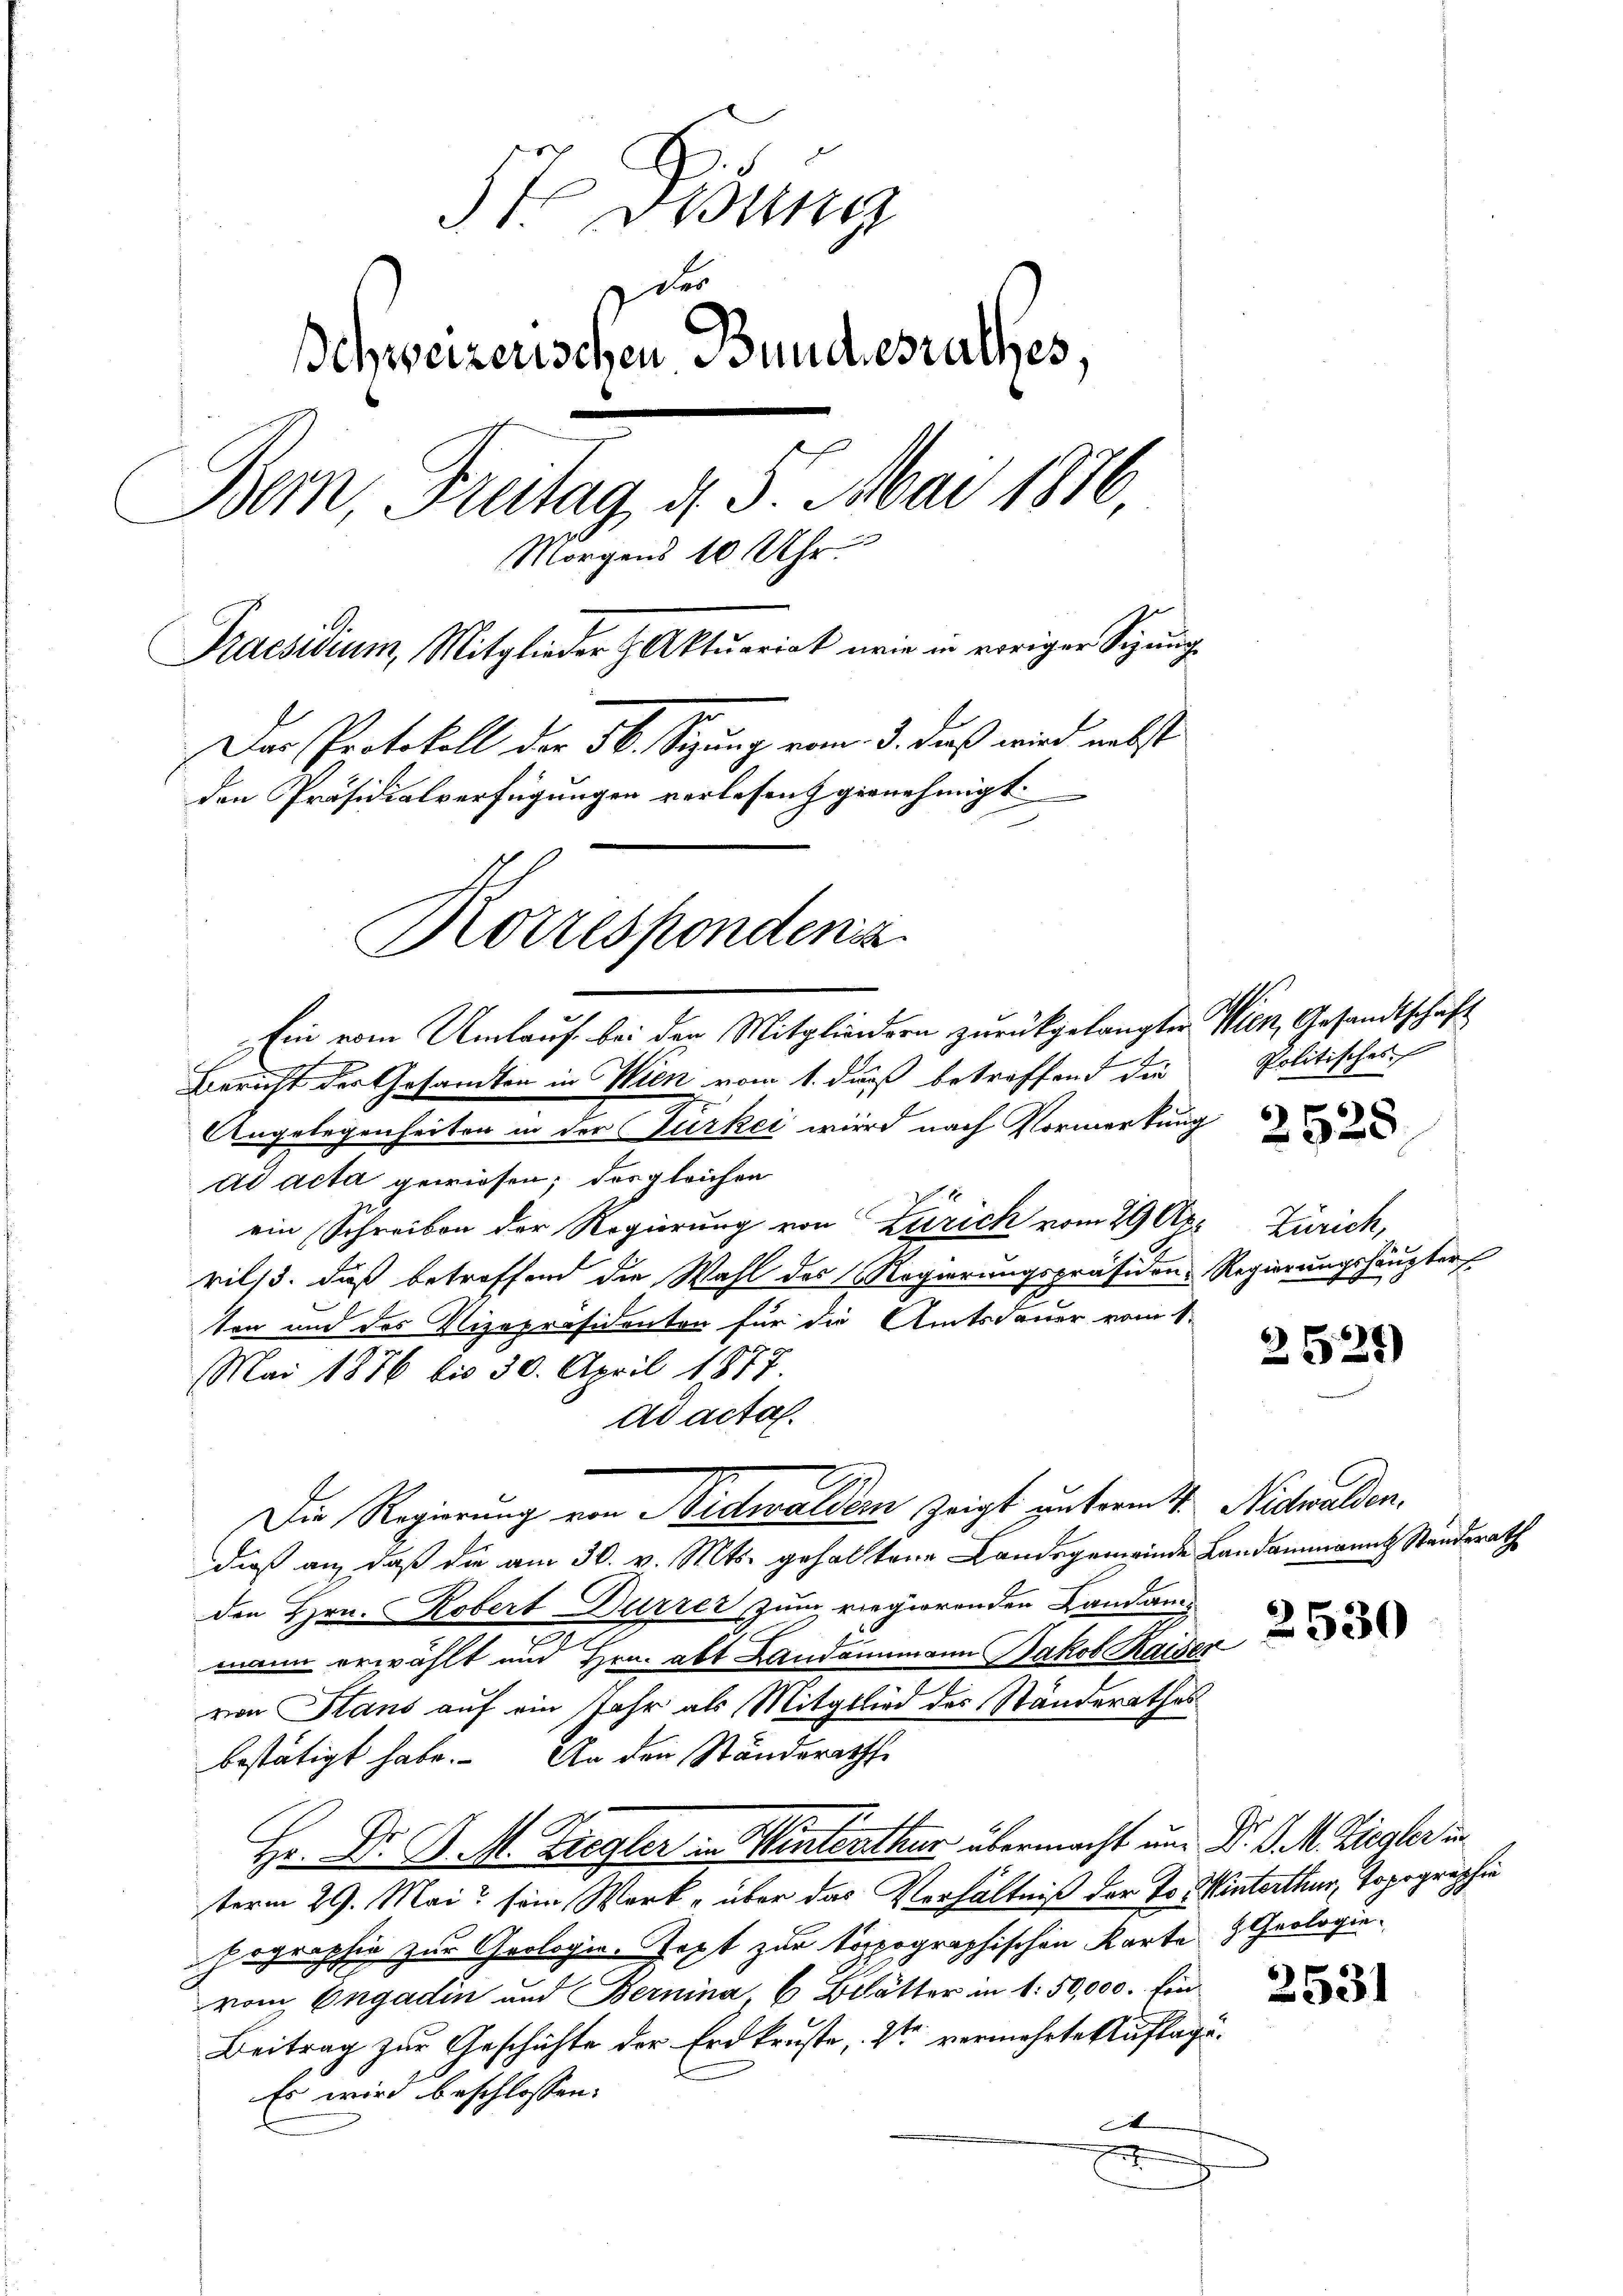
57. Disung
der
Schweizerischen Bundesrathes,
Bern, Freitag d. 5. Mai 1876,
Morgens 10 Uhr.
Praesidium, Mitglieder Aktuariat wie in voriger Sigung
Der Protokoll der 5. Sizung vom 3. daß wird nebst
den Präsidialverfügungen verlesen gernehmigt.
Korrespondenz
Ein vom Umlauf bei den Mitgliedern zurückgelangter Wien, Gesandtschaft

Bericht der Gesandten in Wien vom 1. daß betreffend die
Angelegenheiten in der Gurkei wird nach Vormerkung
ad acta gewiesen; das gleichen
ein Schreiben der Regierung von Zürich vom 29. Apr Zürich,
rils, daß betreffend die Wahl des Regierungspräsiden-Regierungshäupter
ten und des Vizepräsidenten für die Amtsdauer vom 1.
Mai 1876 bis 30. April 1877.
dd acta.
Die Regierung von Nidwalden zeigt unterm 4. Nidwalden.
dieß an, daß die am 30. v. Mts. gehaltene Landsgemeinde Landammanns Standerath
den Hrn. Robert Dürrer zum regierenden Landammann erwählt und Hrn. alt Landammann Jakob Haider
von Hans auf ein Jahr als Mitglied der Ständerathes
bestätigt habe. An den Ständerath
Hr. Dr. P. M. Tregler in Winterthur übermacht und Dr. P. M. Ziegler in
term 29. Mai sein Werk, über das Verhältniß der to. Winterthur, Topographie
hographie zur Geologie. Text zur topographischen Karte & Geologie-
vom Engadin und Bernina, 6 Blätter in 1. 50,000. fin
Beitrag zur Geschichte der Erdkruste, 2ten vermehrte Auflage¬
Es wird beschlossen:
d
r

Politisches

528

2528)